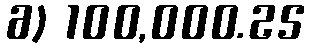
6) 100,000.25